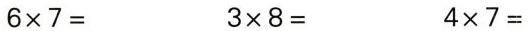
$$6 \times 7 =$$ $$3 \times 8 =$$ $$4 \times 7 =$$